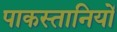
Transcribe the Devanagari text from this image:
पाकस्तानियों